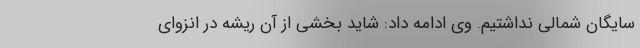
سایگان شمالی نداشتیم. وی ادامه داد: شاید بخشی از آن ریشه در انزوای